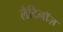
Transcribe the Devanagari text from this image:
लैटिनॉज़